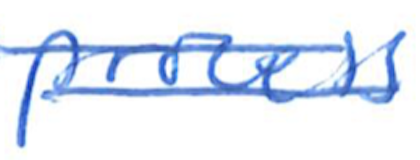
Text: process
Cross-out: double-line
Writing tool: ballpoint